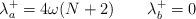
LaTeX: \begin{align*}\lambda^+_a = 4\omega (N + 2) \qquad \lambda^+_b = 0 \end{align*}